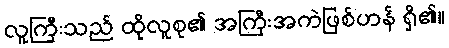
လူကြီးသည် ထိုလူစု၏ အကြီးအကဲဖြစ်ဟန် ရှိ၏။